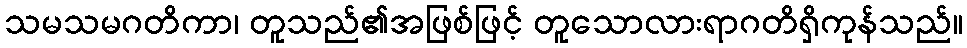
သမသမဂတိကာ၊ တူသည်၏အဖြစ်ဖြင့် တူသောလားရာဂတိရှိကုန်သည်။